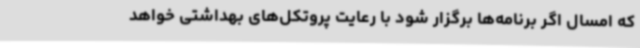
که امسال اگر برنامه‌ها برگزار شود با رعایت پروتکل‌های بهداشتی خواهد